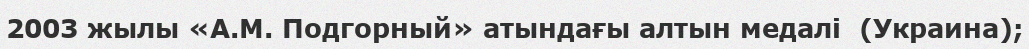
2003 жылы «А.М. Подгорный» атындағы алтын медалі  (Украина);